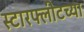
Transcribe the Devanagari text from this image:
स्टारफ्लीटच्या